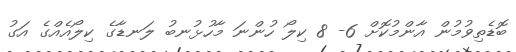
ބޮޑެތިވުމުން އާންމުކޮށް 6- 8 ކިލޯ ހުންނަ މާހުޅުނބު ލަނޑާގެ ކިލޯއެއްގެ އަގު